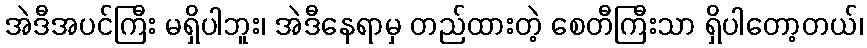
အဲဒီအပင်ကြီး မရှိပါဘူး၊ အဲဒီနေရာမှ တည်ထားတဲ့ စေတီကြီးသာ ရှိပါတော့တယ်၊